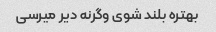
بهتره بلند شوی وگرنه دیر میرسی